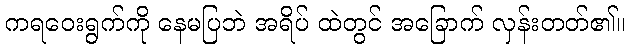
ကရဝေးရွက်ကို နေမပြဘဲ အရိပ် ထဲတွင် အခြောက် လှန်းတတ်၏။